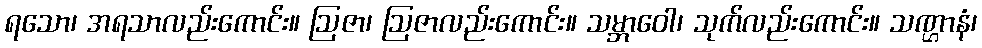
ရသော၊ အရသာလည်းကောင်း။ ဩဇာ၊ ဩဇာလည်းကောင်း။ သမ္ဘာဝေါ၊ သုက်လည်းကောင်း။ သဏ္ဌာနံ၊